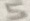
Text: 5